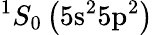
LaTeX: ^1S_{0}\left(5\mathrm{s}^{2}5\mathrm{p}^{2}\right)